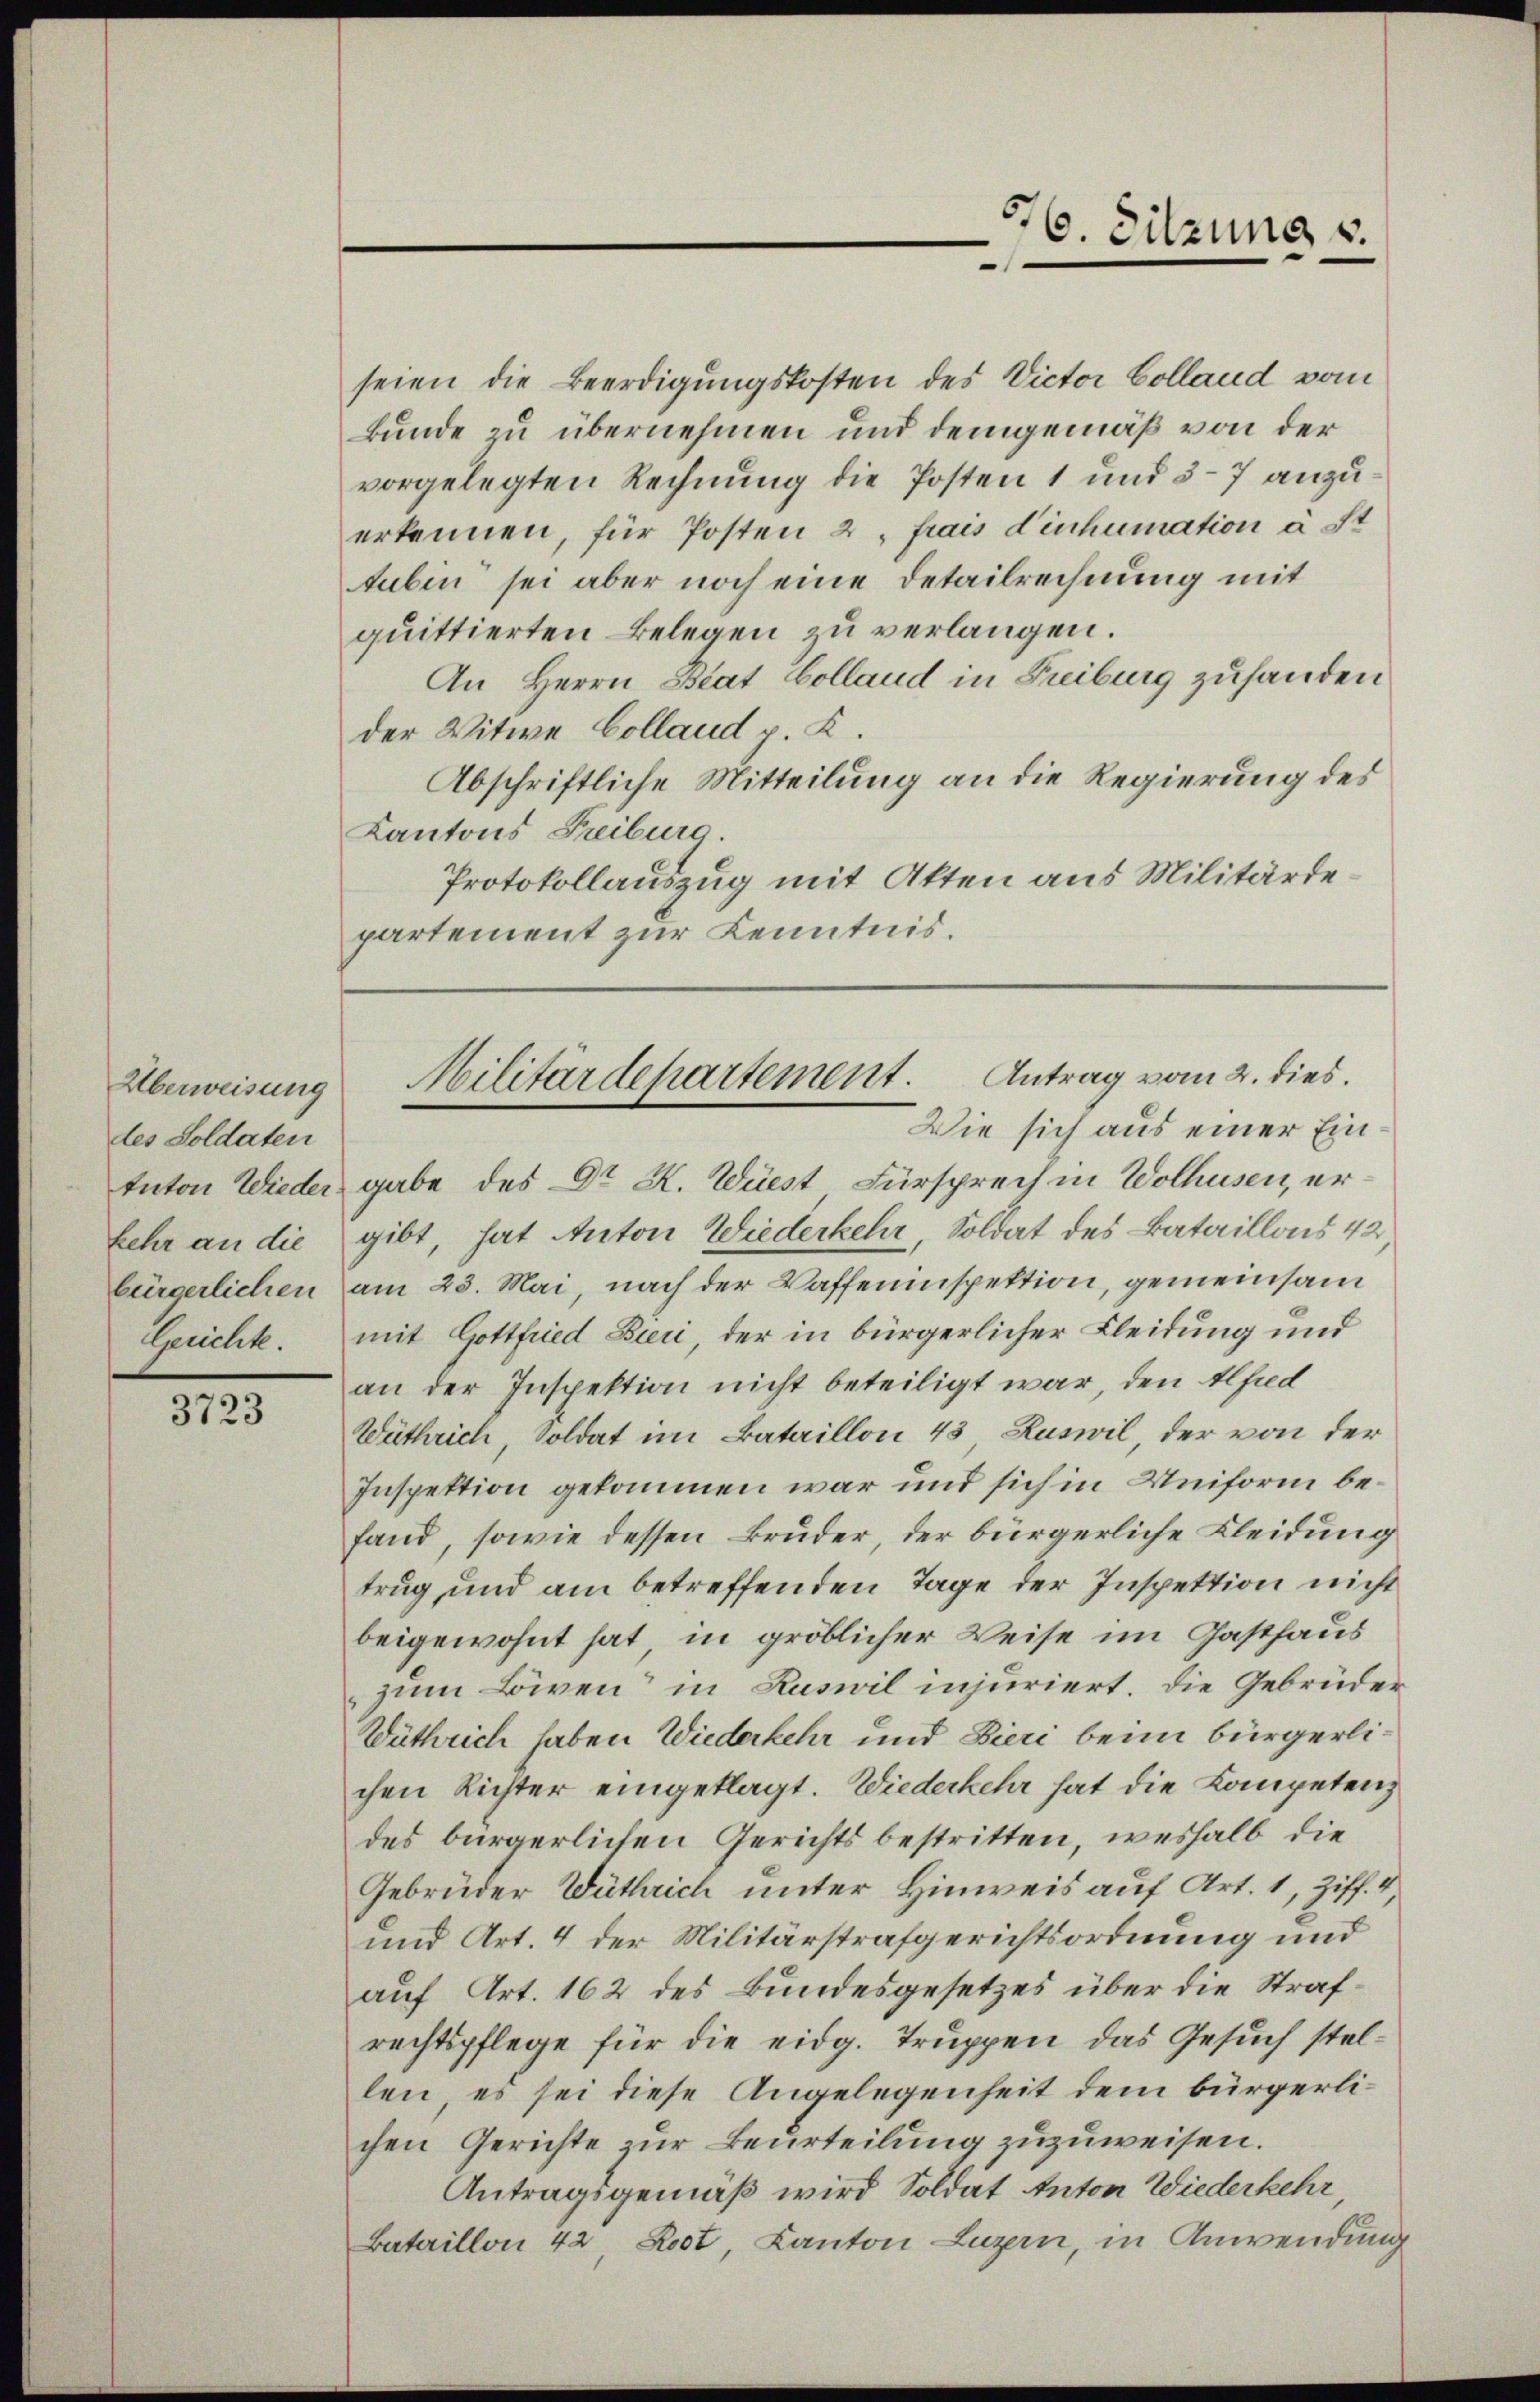
Überweisung
des Soldaten
tnton Wieder
kehr an die
bürgerlichen
Cenilik.

3723

5
6. Sitzung v.

seien die Beerdigungskosten des Victor Colland vom
Bunde zu übernehmen und demgemäß von der
vorgelegten Rechnung die Posten 1 und 37 anzuerkennen, für Posten 2, frais dinhumation à t
tuben sei aber noch eine Detailrechnung mit
quittierten Belegen zu verlangen.
An Herrn Beat Colland in Freiburg zuhanden
der Witwe Collaud p. K.
Abschriftliche Mitteilung an die Regierung des
Kantons Freiburg.
Protokollauszug mit Atten aus Militärdepartement zur Kenntnis.

Militärdepartement. Antrag vom 2. dies
Wie sich aus einer Ein¬

gabe des Dr. K. Wüest Fürsprech in Wolhusen, ergibt, hat Anton Wiederkehr, Soldat des Bataillons 42
am 23. Mai, nach der Waffeninspektion, gemeinsam
mit Gottfried Bieri, der in bürgerlicher Kleidung und
an der Inspektion nicht beteiligt war, den Alfred
Wüthrich, Soldat im Bataillon 43 Ruswil, der von der
Inspektion gekommen war und sich in Uniform befand, sowie dessen Bruder, der bürgerliche Kleidung
trug und am betreffenden Tage der Inspektion nicht
beigewohnt hat, in gröblicher Weise im Gasthaus
zum Löwen“ in Ruswil injuriert. Die Gebrüder
Wüthrich haben Wiederkehr und Bieri beim bürgerlichen Richter eingeklagt. Wiederkehr hat die Kompetenz
des bürgerlichen Gerichts bestritten, weshalb die
Gebrüder Wüthrich unter Hinweis auf Art. 1, Ziff. 4,
und Art. 4 der Militärstrafgerichtsordnung und
auf Art. 162 des Bundesgesetzes über die Strafrechtspflege für die eidg. Truppen das Gesuch stellen, es sei diese Angelegenheit dem bürgerlichen Gerichte zur Beurteilung zuzuweisen.
Antragsgemäß wird Soldat Anton Wiederkehr
Bataillon 42 Koot, Kanton Luzern, in Anwendung